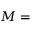
M =